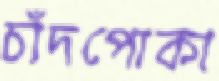
চাঁদপোকা